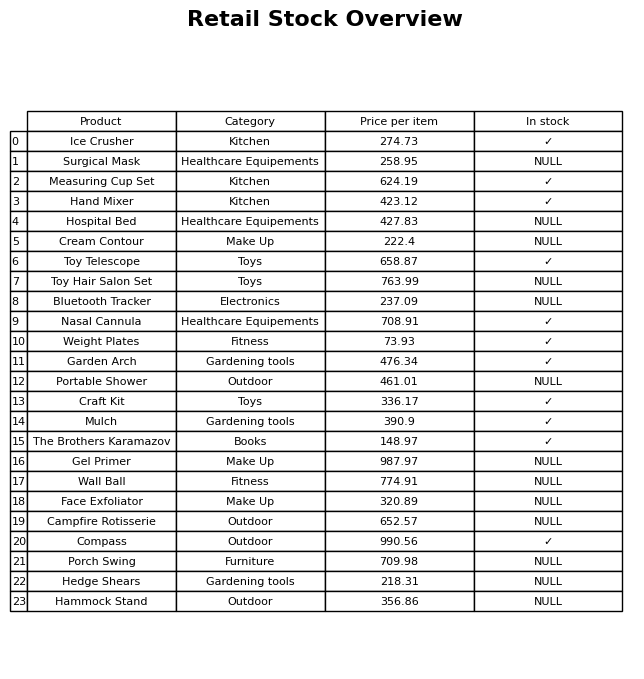
question: What category does the Hammock Stand belong to?
answer: Outdoor